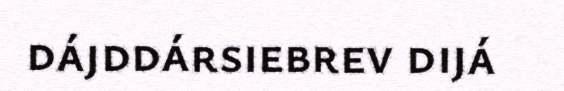
dájddársiebrev dijá